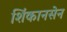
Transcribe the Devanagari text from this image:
शिंकानसेन